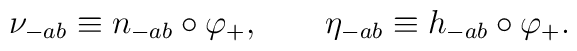
\nu_{-ab} \equiv n_{-ab} \circ \varphi_+, \qquad \eta_{-ab} \equiv h_{-ab}\circ \varphi_+.